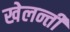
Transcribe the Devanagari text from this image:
खेलन्तीं